Scientific memoirs by medical officers of the Army of India - Part VIII,
Year: 1894
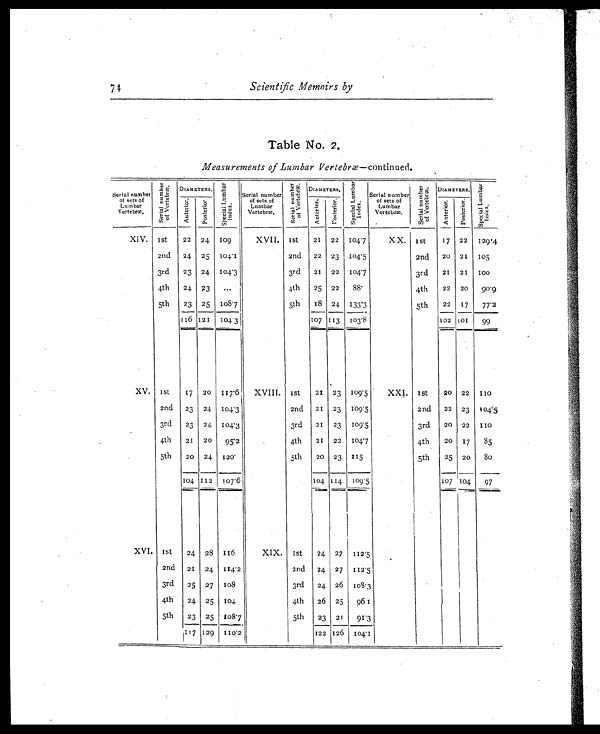
74 Scientific Memoirs by
Table No. 2.
Measurements of Lumbar Vertebræ—continued.
Serial number
of sets of
Vertebræ.
S e r i a l n u mb e r
o f Ve r t e b r æ. DIAMETERS.
S p e c i a l L u m b a r
I nde x.
Ser i al number
of sets of
Lumbar
Vertebræ. S e r i a l n u m b e r o f V e r t e b r æ .
DIAMETERS. S p e c i a l L u m b a r
I nde x.
Ser i al number
of sets of
Lumbar
Vertebræ. S e r i a l n umb e r
of Ve r t e br æ.
DIAMETERS.
S p e c i a l L u m b a r
I nde x.
A n t e r i o r .
A n t e r i o r . P o s t e r i o r .
A n t e r i o r . P o s t e r i o r .
Posteri or.
XIV. 1st 22 24 109
XVII. 1st 21 22 104.7
XX. 1st
17 22 129.4
2nd 24 25 104.1
2nd 22 23 104.5
2nd 20 21 105
3rd 23 24 104.3
3rd 21 22 104.7
3rd 21 21 100
4th 24 23 ...
4th 25 22 88.
4th 22 20 90.9
5th 23 25 108.7
5th 18 24 133.3
5th 22 17 77.2
116 121 104 3
107 113 103.8
102 101 99
XV. 1st 17 20 117.6 XVIII. 1st 21 23 109.5
XXI. 1st 20 22 110
2nd 23 24 104.3
2nd 21 23 109.5
2nd 22 23 104.5
3rd 23 24 104.3
3rd 21 23 109.5
3rd 20 22 110
4th 21 20 95.2
4th 21 22 104.7
4th 20 17 85
5th 20 24 120.
5th 20 23 115
5th 25 20
8 0
104 112 107.6
104 114 109.5
107 104 97
XVI. 1st 24 28 116
XIX. 1st 24 27 112.5
2nd 21 24 114.2
2nd 24 27 112.5
3rd 25 27 108
3rd 24 26 108.3
4th 24 25 104
4th 26 25 961
5th 23 25 108.7
5th 23 21 91.3
117 129 110.2
122 126 104.1